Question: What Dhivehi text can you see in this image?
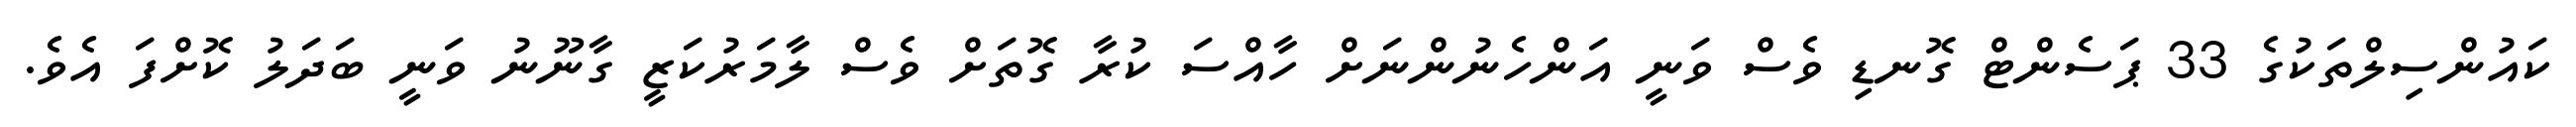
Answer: ކައުންސިލްތަކުގެ 33 ޕަސެންޓް ގޮނޑި ވެސް ވަނީ އަންހެނުންނަށް ހާއްސަ ކުރާ ގޮތަށް ވެސް ލާމަރުކަޒީ ގާނޫނު ވަނީ ބަދަލު ކޮށްފަ އެވެ.